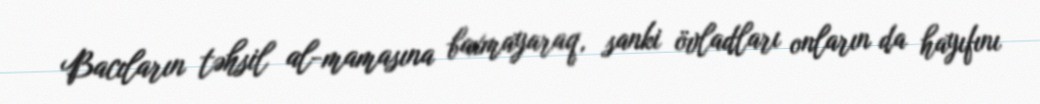
Bacıların təhsil al-mamasına baxmayaraq, sanki övladları onların da hayıfını